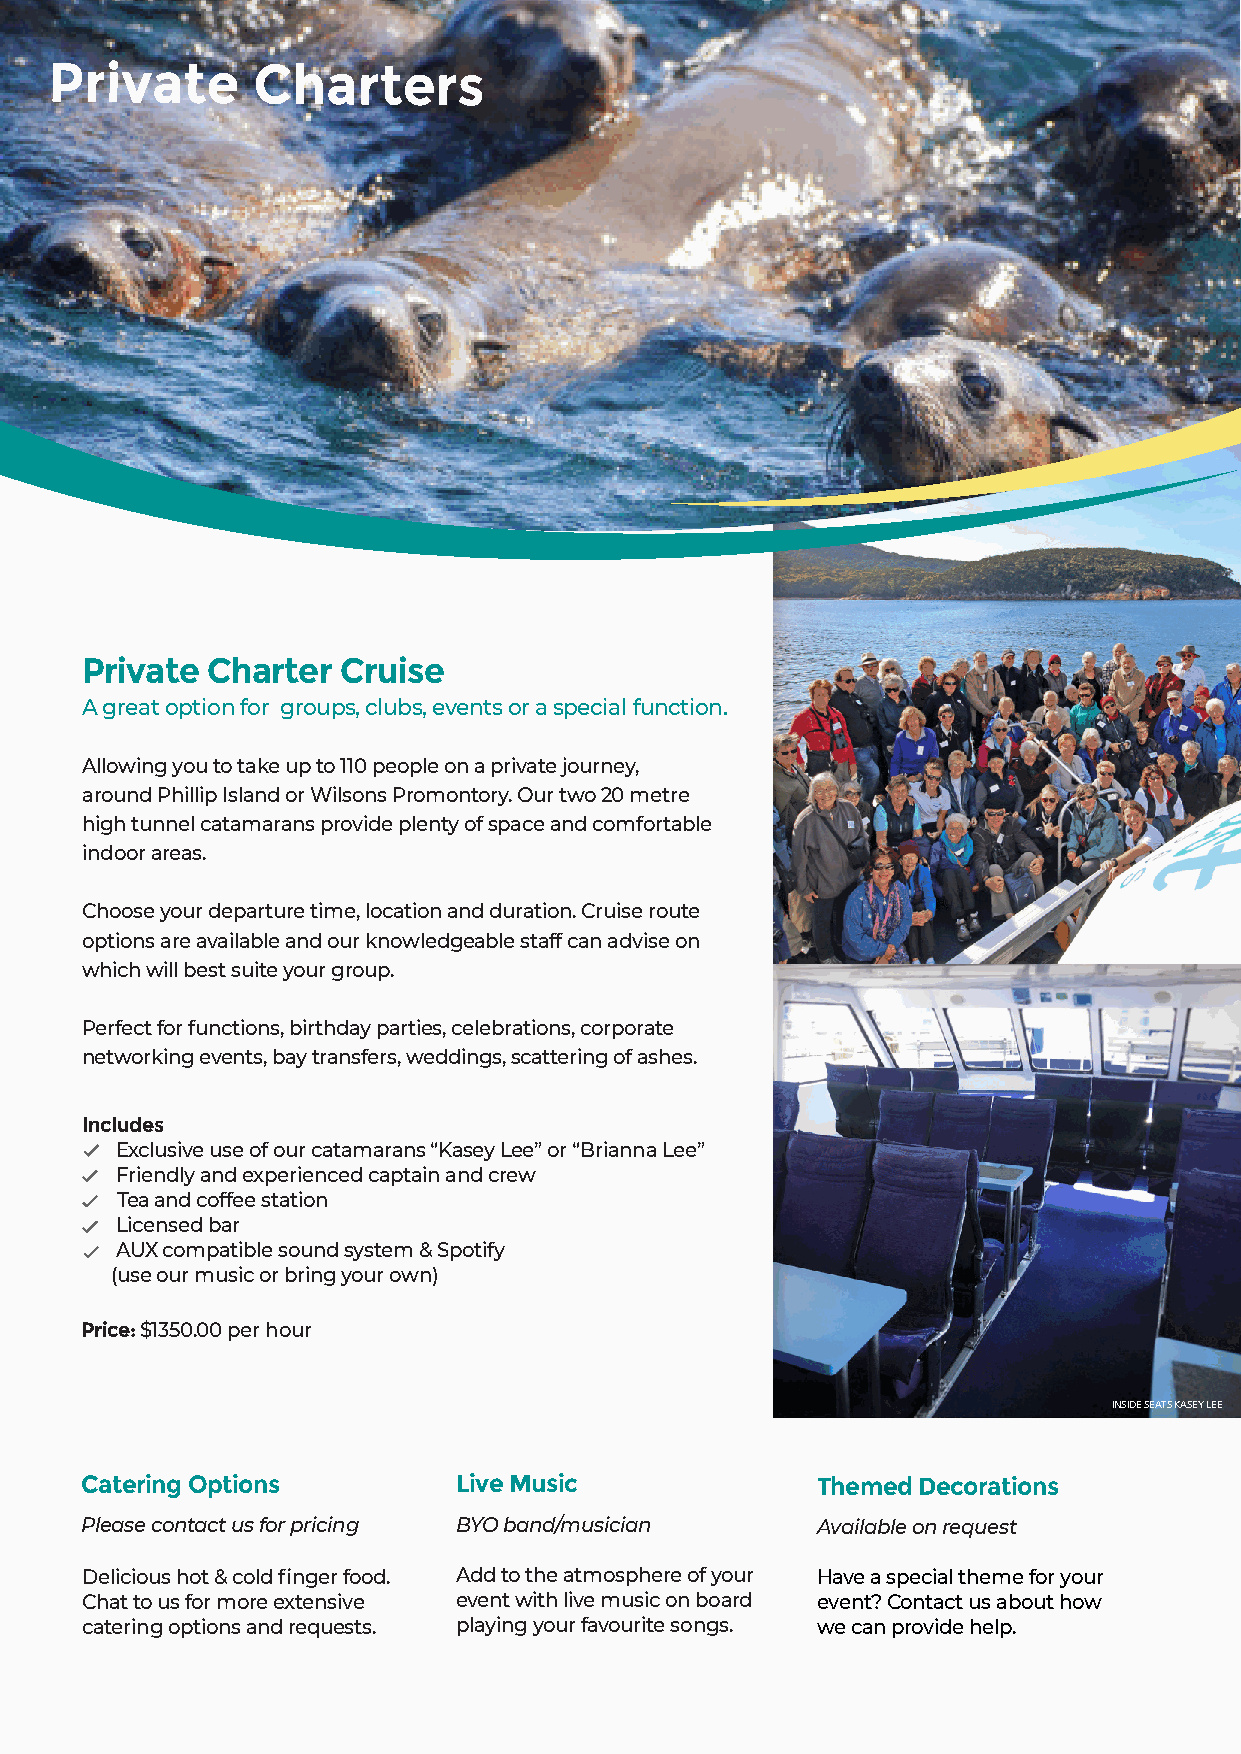
Private       Charters
 Private  Charter Cruise
 A great option for groups, clubs, events or a special function.
 Allowing you to take up to 110 people on a private journey,
 around Phillip Island or Wilsons Promontory. Our two 20 metre
 high tunnel catamarans provide plenty of space and comfortable
 indoor areas.
 Choose your departure time, location and duration. Cruise route
 options are available and our knowledgeable staff can advise on
 which will best suite your group.
 Perfect for functions, birthday parties, celebrations, corporate
 networking events, bay transfers, weddings, scattering of ashes.
 Includes
 Exclusive use of our catamarans “Kasey Lee” or “Brianna Lee”
 Friendly and experienced captain and crew
 Tea and coffee station
 Licensed bar
 AUX compatible sound system & Spotify
 (use our music or bring your own)
 Price: $1350.00 per hour
 INSIDE SEATS KASEY LEE
 Catering Options         Live Music              Themed Decorations
 Please contact us for pricing BYO band/musician  Available on request
 Delicious hot & cold finger food. Add to the atmosphere of your Have a special theme for your
 Chat to us for more extensive event with live music on board event? Contact us about how
 catering options and requests. playing your favourite songs. we can provide help.